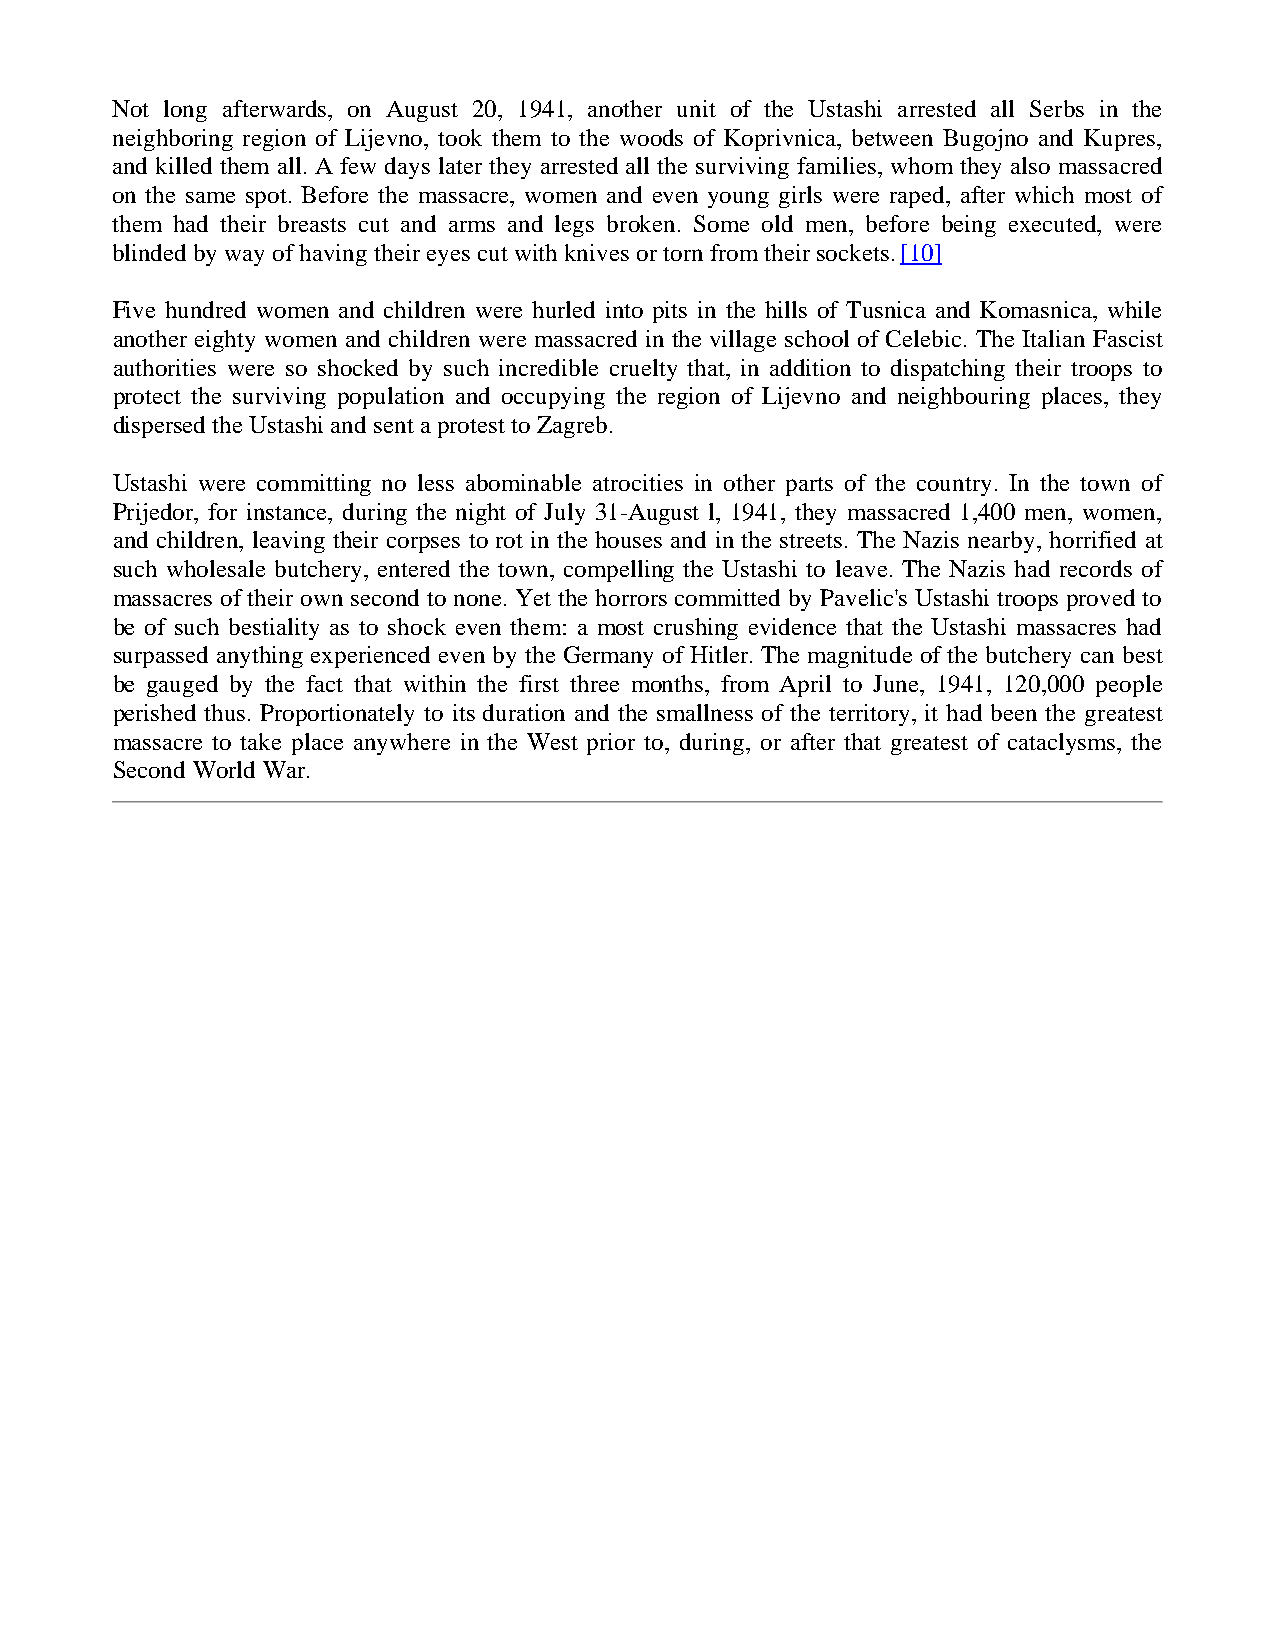
Not long afterwards, on August 20, 1941, another unit of the Ustashi arrested all Serbs in the
 neighboring region of Lijevno, took them to the woods of Koprivnica, between Bugojno and Kupres,
 and killed them all. A few days later they arrested all the surviving families, whom they also massacred
 on the same spot. Before the massacre, women and even young girls were raped, after which most of
 them had their breasts cut and arms and legs broken. Some old men, before being executed, were
 blinded by way of having their eyes cut with knives or torn from their sockets. [10]
 Five hundred women and children were hurled into pits in the hills of Tusnica and Komasnica, while
 another eighty women and children were massacred in the village school of Celebic. The Italian Fascist
 authorities were so shocked by such incredible cruelty that, in addition to dispatching their troops to
 protect the surviving population and occupying the region of Lijevno and neighbouring places, they
 dispersed the Ustashi and sent a protest to Zagreb.
 Ustashi were committing no less abominable atrocities in other parts of the country. In the town of
 Prijedor, for instance, during the night of July 31-August l, 1941, they massacred 1,400 men, women,
 and children, leaving their corpses to rot in the houses and in the streets. The Nazis nearby, horrified at
 such wholesale butchery, entered the town, compelling the Ustashi to leave. The Nazis had records of
 massacres of their own second to none. Yet the horrors committed by Pavelic's Ustashi troops proved to
 be of such bestiality as to shock even them: a most crushing evidence that the Ustashi massacres had
 surpassed anything experienced even by the Germany of Hitler. The magnitude of the butchery can best
 be gauged by the fact that within the first three months, from April to June, 1941, 120,000 people
 perished thus. Proportionately to its duration and the smallness of the territory, it had been the greatest
 massacre to take place anywhere in the West prior to, during, or after that greatest of cataclysms, the
 Second World War.